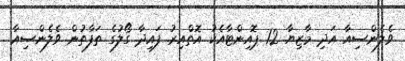
ވެލެންސިއާ އަދި މާޒިޔާ 12 ޕޮއިންޓާއެކު އޮތްއިރު ފައިދާ ގޯލުގެ ތަފާތުން ވެލެންސިއާ